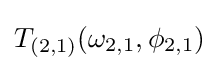
{\textstyle T_{(2,1)}(\omega _{2,1},\phi _{2,1})}